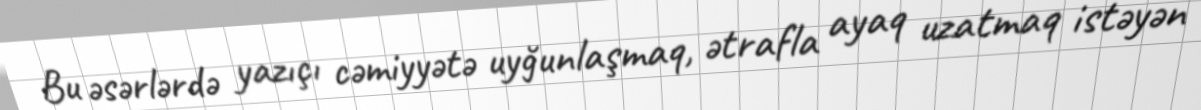
Bu əsərlərdə yazıçı cəmiyyətə uyğunlaşmaq, ətrafla ayaq uzatmaq istəyən